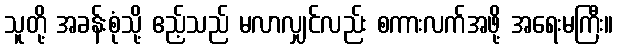
သူတို့ အခန်းစုံသို့ ဧည့်သည် မလာလျှင်လည်း စကားလက်အဖို့ အရေးမကြီး။